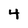
Character: 4